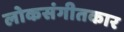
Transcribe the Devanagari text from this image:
लोकसंगीतकार